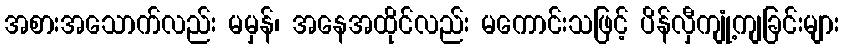
အစားအသောက်လည်း မမှန်၊ အနေအထိုင်လည်း မကောင်းသဖြင့် ပိန်လှီကျုံ့ကျခြင်းများ